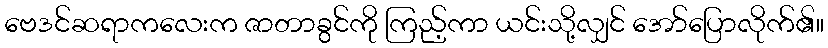
ဗေဒင်ဆရာကလေးက ဇာတာခွင်ကို ကြည့်ကာ ယင်းသို့လျှင် အော်ပြောလိုက်၏။